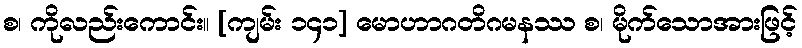
စ၊ ကိုလည်းကောင်း။ [ကျမ်း ၁၄၁] မောဟာဂတိဂမနဿ စ၊ မိုက်သောအားဖြင့်